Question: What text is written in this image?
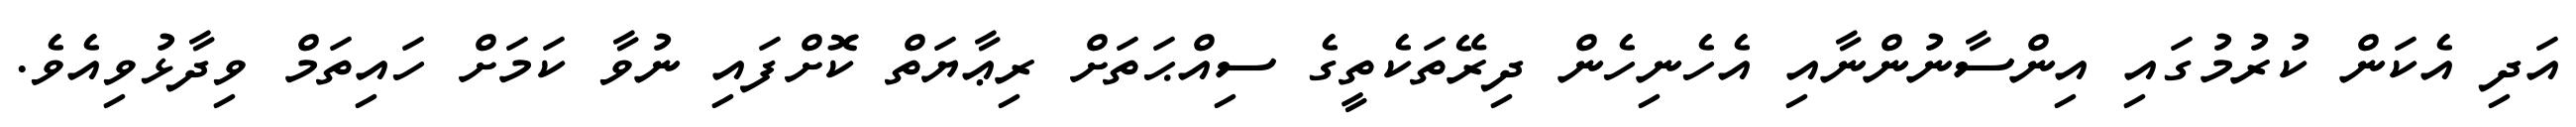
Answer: އަދި އެކަން ކުރުމުގައި އިންސާނުންނާއި އެހެނިހެން ދިރޭތަކެތީގެ ސިއްޙަތަށް ރިޢާޔަތް ކޮށްފައި ނުވާ ކަމަށް ހައިތަމް ވިދާޅުވިއެވެ.